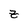
Character: z